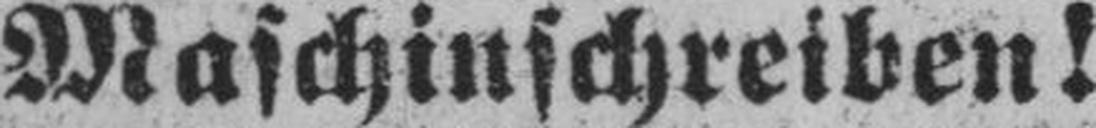
Maschinschreiben!